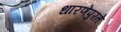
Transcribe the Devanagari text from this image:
धारणेपुरते